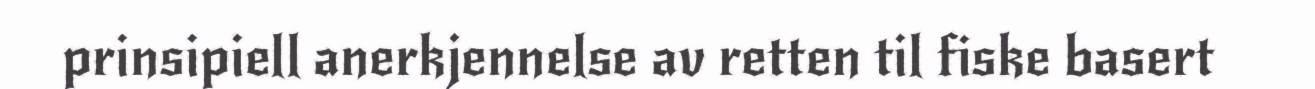
prinsipiell anerkjennelse av retten til fiske basert